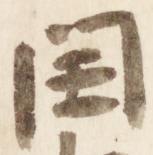
閏